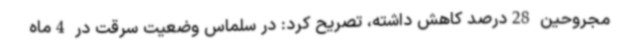
مجروحین 28درصد کاهش داشته، تصریح کرد: در سلماس وضعیت سرقت در 4ماه